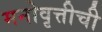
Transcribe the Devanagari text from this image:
मनोवृत्तीची